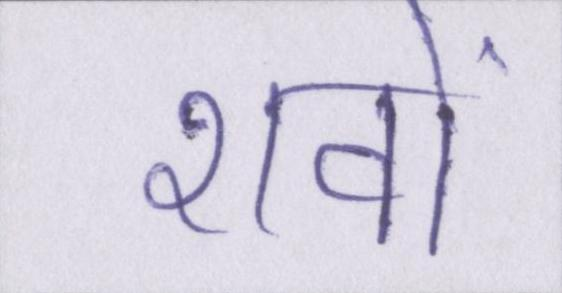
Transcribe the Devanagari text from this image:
शवों